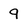
Character: 9